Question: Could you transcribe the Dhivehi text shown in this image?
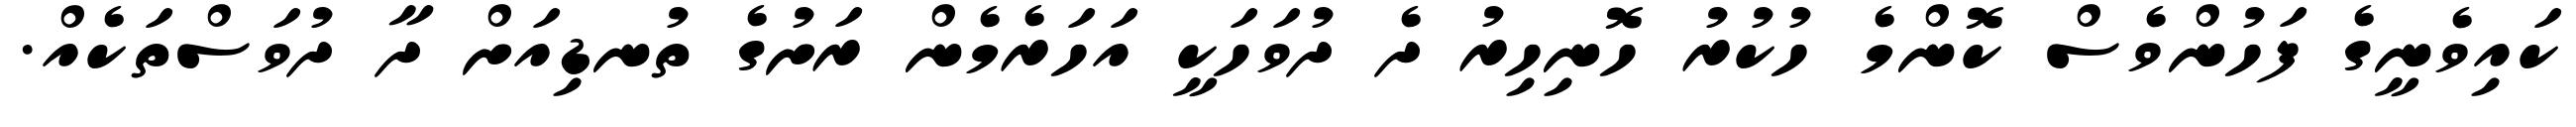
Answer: ކައިވެނީގެ ފަހުންވެސް ކޮންމެ ހުކުރު ހޮނިހިރު ދެ ދުވަހަކީ އަހަރެމެން ރަށުގެ ތުނޑިއަށް ދާ ދުވަސްތަކެއް.